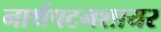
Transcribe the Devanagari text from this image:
नार्थपटनशायर